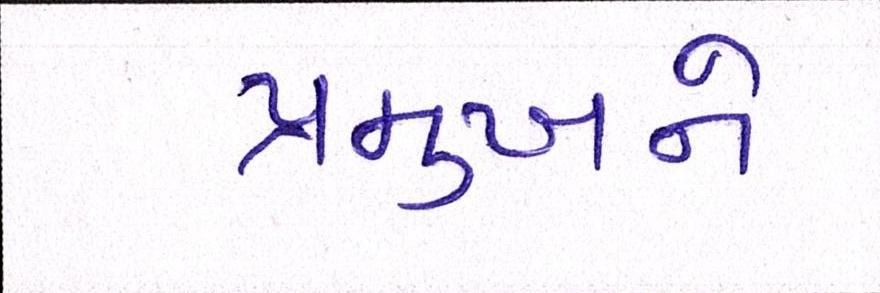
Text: પ્રમુખને